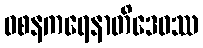
ဝစနကရေနာတိဒေဝဿ